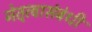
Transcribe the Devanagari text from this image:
नेतृत्वासंबंधी